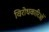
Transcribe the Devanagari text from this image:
विरोधकारिओं